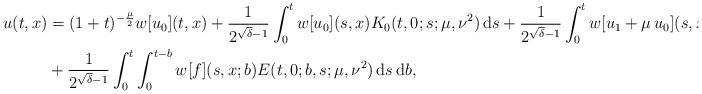
LaTeX: \begin{align*}u(t,x)& = (1+t)^{-\frac{\mu}{2}} w[u_0](t,x) +\frac{1}{2^{\sqrt{\delta}-1}}\int_0^t w[u_0](s,x) K_0(t,0;s; \mu,\nu^2) \, \mathrm{d}s +\frac{1}{2^{\sqrt{\delta}-1}}\int_0^t w[u_1+\mu\, u_0](s,x) K_1(t,0;s; \mu,\nu^2) \, \mathrm{d}s \\ & + \frac{1}{2^{\sqrt{\delta}-1}} \int_0^t \int_0^{t-b} w[f](s,x;b) E(t,0;b,s;\mu,\nu^2) \, \mathrm{d}s \, \mathrm{d}b, \end{align*}